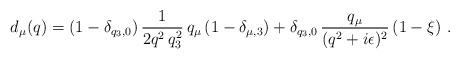
LaTeX: \begin{align*}d_\mu(q) =(1 - \delta_{q_3,0})\,\frac{1}{2q^2\,q_3^2}\,q_\mu\left(1 - \delta_{\mu,3}\right)+ \delta_{q_3,0}\,\frac{q_\mu}{(q^2 + i\epsilon)^2}\,(1 - \xi) \ .\end{align*}